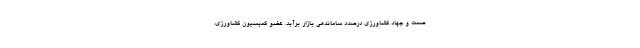
صمت و جهاد کشاورزی درصدد ساماندهی بازار برآید. عضو کمیسیون کشاورزی،